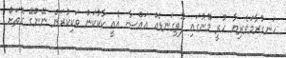
ހަނގުރާމަވެރިޔާ ހުރީ މޫނުގައި ފޮތިގަނޑެއް އައްސާ އެއީ ކާކުކަން ވަކިކުރަން ނޭންގޭ ގޮތަށް